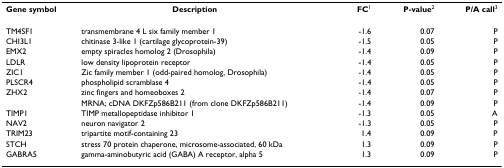
<table><thead><tr><td><b>Gene symbol</b></td><td><b>Description</b></td><td><b>FC<sup>1</sup></b></td><td><b>P-value<sup>2</sup></b></td><td><b>P/A call<sup>3</sup></b></td></tr></thead><tbody><tr><td>TM4SF1</td><td>transmembrane 4 L six family member 1</td><td>-1.6</td><td>0.07</td><td>P</td></tr><tr><td>CHI3L1</td><td>chitinase 3-like 1 (cartilage glycoprotein-39)</td><td>-1.5</td><td>0.05</td><td>P</td></tr><tr><td>EMX2</td><td>empty spiracles homolog 2 (Drosophila)</td><td>-1.4</td><td>0.09</td><td>P</td></tr><tr><td>LDLR</td><td>low density lipoprotein receptor</td><td>-1.4</td><td>0.05</td><td>P</td></tr><tr><td>ZIC1</td><td>Zic family member 1 (odd-paired homolog, Drosophila)</td><td>-1.4</td><td>0.05</td><td>P</td></tr><tr><td>PLSCR4</td><td>phospholipid scramblase 4</td><td>-1.4</td><td>0.05</td><td>P</td></tr><tr><td>ZHX2</td><td>zinc fingers and homeoboxes 2</td><td>-1.4</td><td>0.07</td><td>P</td></tr><tr><td></td><td>MRNA; cDNA DKFZp586B211 (from clone DKFZp586B211)</td><td>-1.4</td><td>0.09</td><td>P</td></tr><tr><td>TIMP1</td><td>TIMP metallopeptidase inhibitor 1</td><td>-1.3</td><td>0.05</td><td>A</td></tr><tr><td>NAV2</td><td>neuron navigator 2</td><td>-1.3</td><td>0.05</td><td>P</td></tr><tr><td>TRIM23</td><td>tripartite motif-containing 23</td><td>1.4</td><td>0.09</td><td>P</td></tr><tr><td>STCH</td><td>stress 70 protein chaperone, microsome-associated, 60 kDa</td><td>1.3</td><td>0.09</td><td>P</td></tr><tr><td>GABRA5</td><td>gamma-aminobutyric acid (GABA) A receptor, alpha 5</td><td>1.3</td><td>0.09</td><td>P</td></tr></tbody></table>